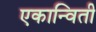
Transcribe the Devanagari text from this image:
एकान्विती